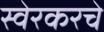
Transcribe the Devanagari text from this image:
स्वेरकरचे